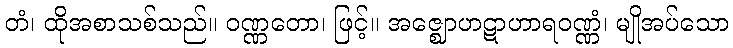
တံ၊ ထိုအစာသစ်သည်။ ဝဏ္ဏတော၊ ဖြင့်။ အဇ္ဈောဟဋာဟာရဝဏ္ဏံ၊ မျိုအပ်သော